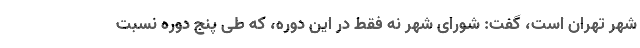
شهر تهران است، گفت: شورای شهر نه فقط در این دوره، که طی پنج دوره نسبت